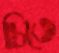
চিতে